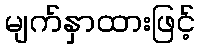
မျက်နှာထားဖြင့်